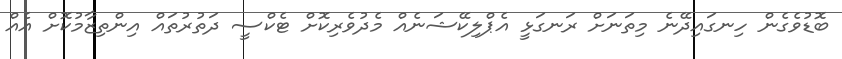
ބޮޑުވެގެން ހިނގައިދޭނެ މިތަނަށް ރަނގަޅީ އެޕްލިކޭޝަނެއް މެދުވެރިކޮށް ޓެކްސީ ދަތުރުތައް އިންތިޒާމުކޮށް އެއް